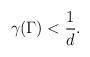
\begin{align*}\gamma(\Gamma) < \frac{1}{d}. \end{align*}